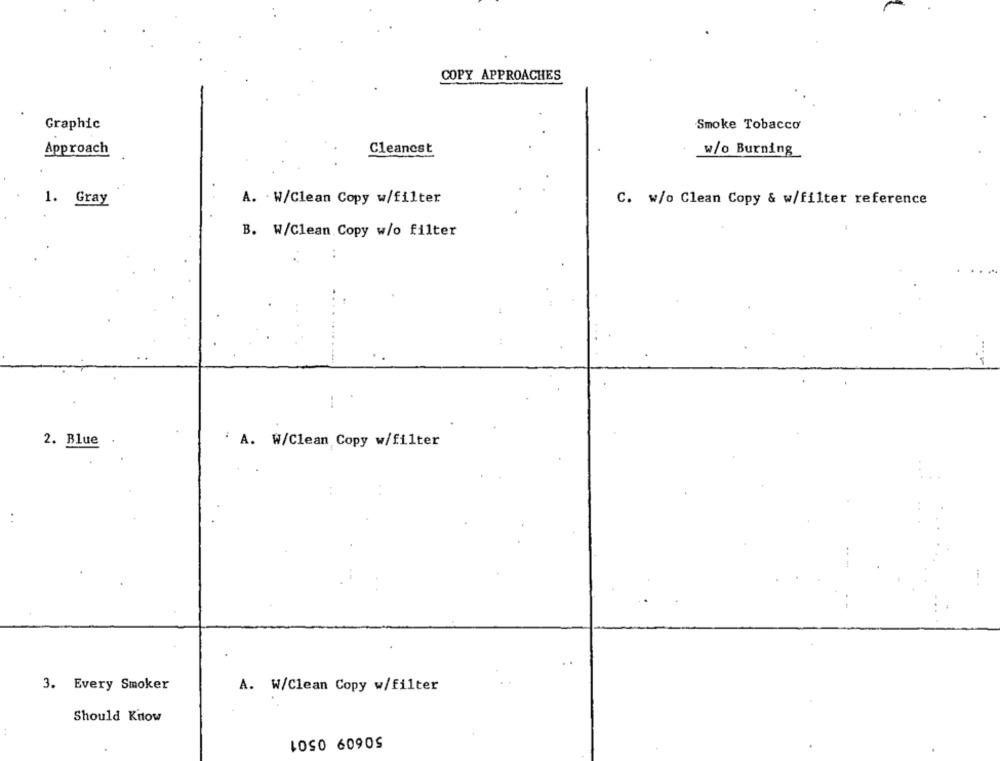
COPY APPROACHES
Graphic
Smoke Tobacco
Approach
Cleanest
w/o Burning
1. Gray
A. W/Clean Copy w/filter
C. w/o Clean Copy & w/filter reference
B. W/Clean Copy w/o filter
2. Blue
' A. W/Clean Copy w/filter
.. .
3. Every Smoker
A. W/Clean Copy w/filter
Should Kilow
..
LOS0 6090S